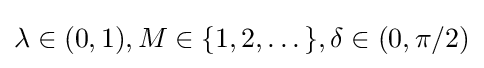
\lambda \in (0,1),M\in \{1,2,\dots \},\delta \in (0,\pi /2)